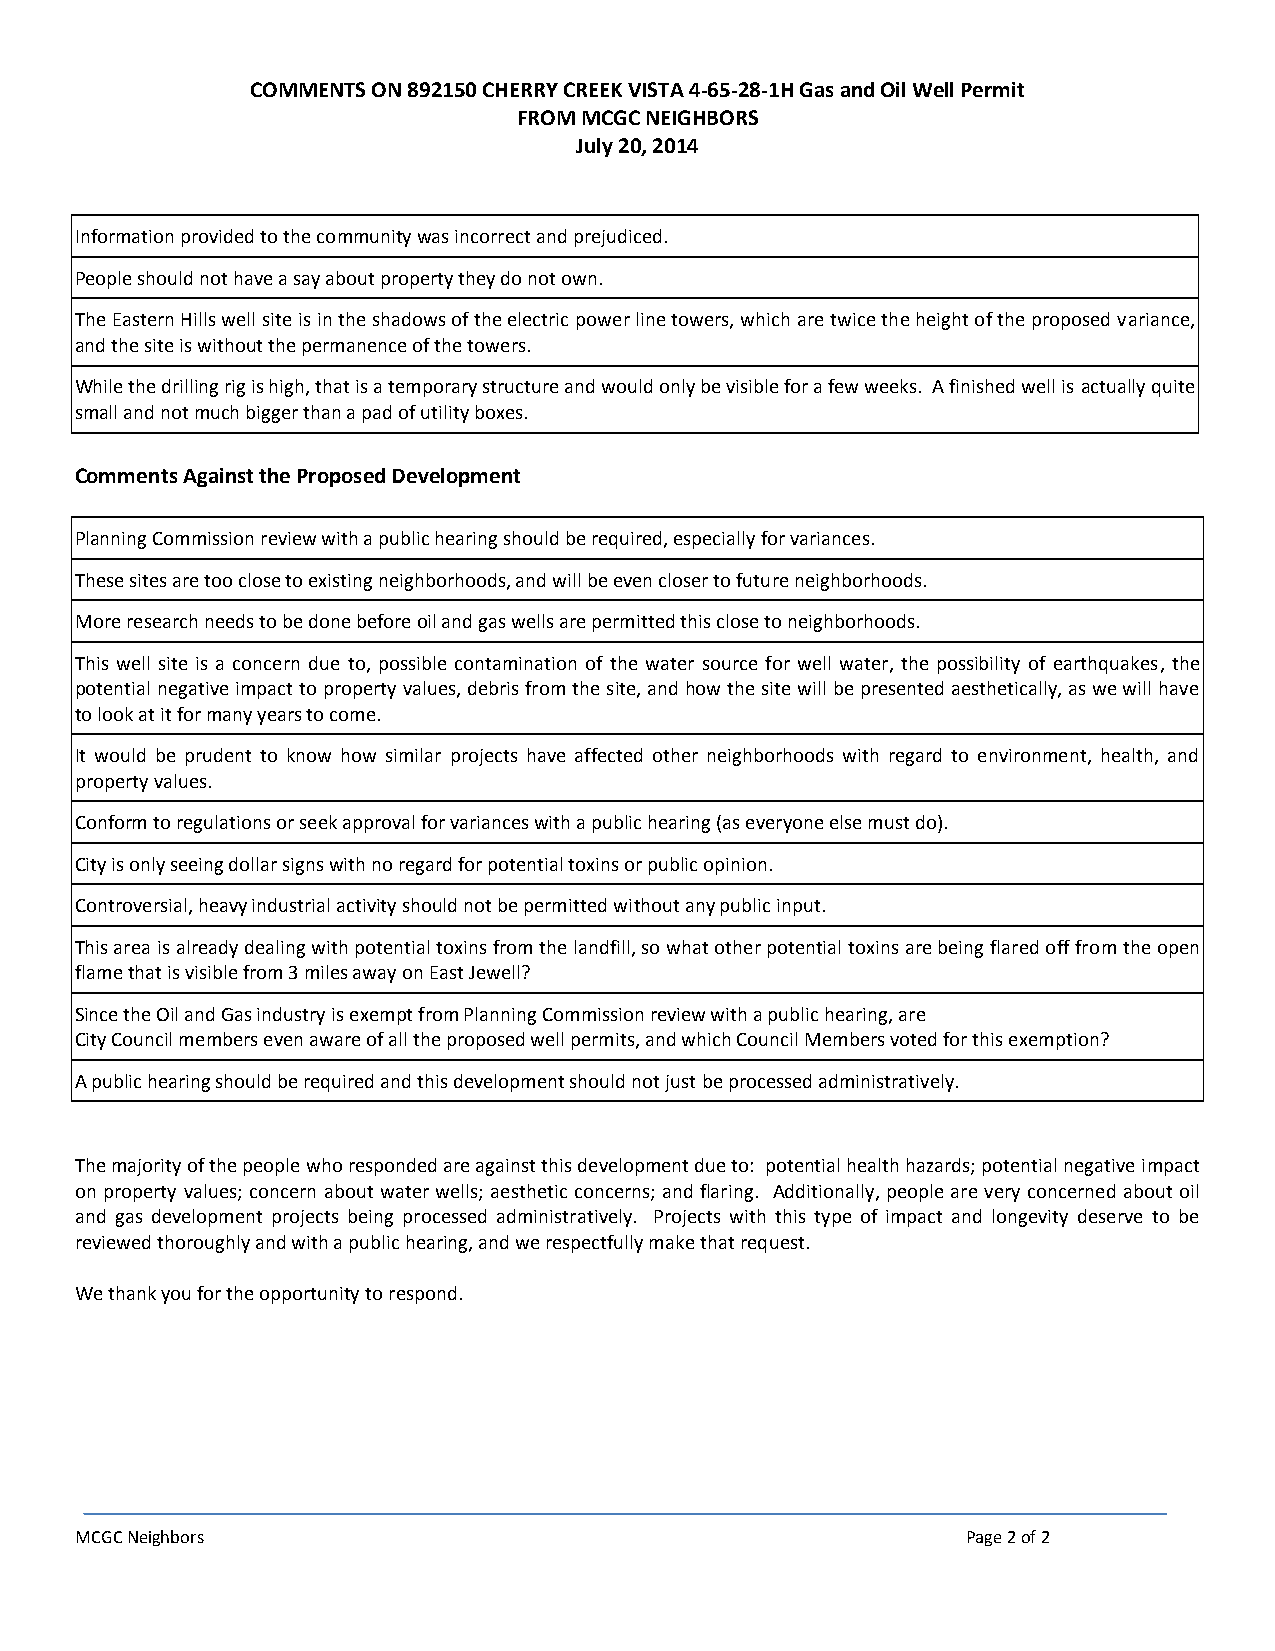
COMMENTS ON 892150 CHERRY CREEK VISTA 4-65-28-1H Gas and Oil Well Permit
 FROM MCGC NEIGHBORS
 July 20, 2014
 Information provided to the community was incorrect and prejudiced.
 People should not have a say about property they do not own.
 The Eastern Hills well site is in the shadows of the electric power line towers, which are twice the height of the proposed variance,
 and the site is without the permanence of the towers.
 While the drilling rig is high, that is a temporary structure and would only be visible for a few weeks. A finished well is actually quite
 small and not much bigger than a pad of utility boxes.
 Comments Against the Proposed Development
 Planning Commission review with a public hearing should be required, especially for variances.
 These sites are too close to existing neighborhoods, and will be even closer to future neighborhoods.
 More research needs to be done before oil and gas wells are permitted this close to neighborhoods.
 This well site is a concern due to, possible contamination of the water source for well water, the possibility of earthquakes, the
 potential negative impact to property values, debris from the site, and how the site will be presented aesthetically, as we will have
 to look at it for many years to come.
 It would be prudent to know how similar projects have affected other neighborhoods with regard to environment, health, and
 property values.
 Conform to regulations or seek approval for variances with a public hearing (as everyone else must do).
 City is only seeing dollar signs with no regard for potential toxins or public opinion.
 Controversial, heavy industrial activity should not be permitted without any public input.
 This area is already dealing with potential toxins from the landfill, so what other potential toxins are being flared off from the open
 flame that is visible from 3 miles away on East Jewell?
 Since the Oil and Gas industry is exempt from Planning Commission review with a public hearing, are
 City Council members even aware of all the proposed well permits, and which Council Members voted for this exemption?
 A public hearing should be required and this development should not just be processed administratively.
 The majority of the people who responded are against this development due to: potential health hazards; potential negative impact
 on property values; concern about water wells; aesthetic concerns; and flaring. Additionally, people are very concerned about oil
 and gas development projects being processed administratively. Projects with this type of impact and longevity deserve to be
 reviewed thoroughly and with a public hearing, and we respectfully make that request.
 We thank you for the opportunity to respond.
 MCGC Neighbors                                             Page 2 of 2